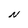
Character: N